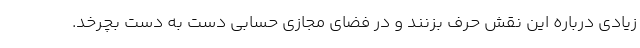
زیادی درباره این نقش حرف بزنند و در فضای مجازی حسابی دست به دست بچرخد.